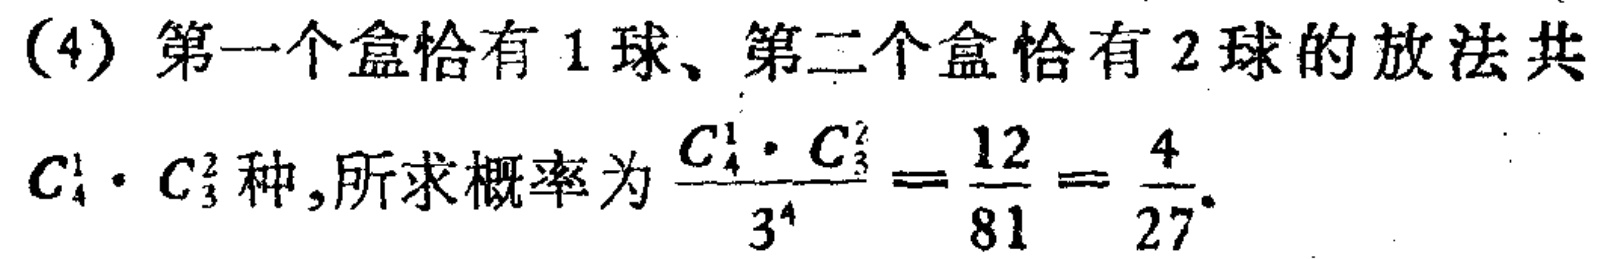
(4) 第一个盒恰有 1 球、第二个盒恰有 2 球的放法共
$C_{4}^{1} \cdot C_{3}^{2}$种,所求概率为$\frac{C_{4}^{1} \cdot C_{3}^{2}}{3^{4}}=\frac{12}{81}=\frac{4}{27}$.